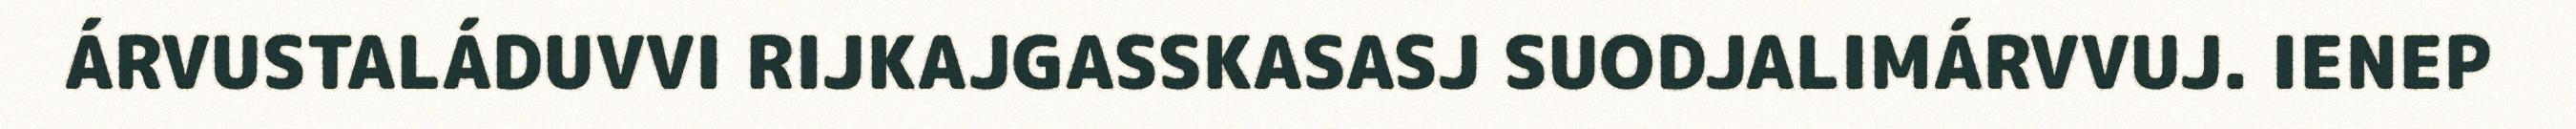
ÁRVUSTALÁDUVVI RIJKAJGASSKASASJ SUODJALIMÁRVVUJ. IENEP